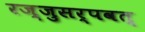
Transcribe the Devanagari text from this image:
रज्जुसर्पवत्‌